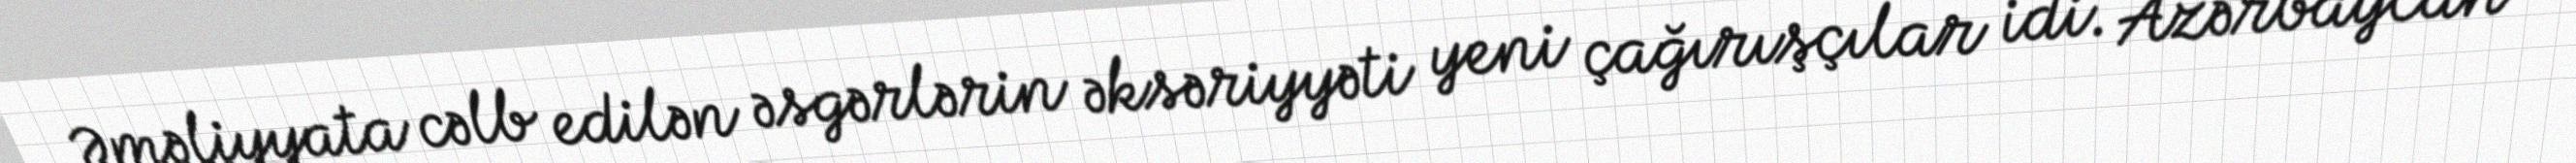
Əməliyyata cəlb edilən əsgərlərin əksəriyyəti yeni çağırışçılar idi. Azərbaycan